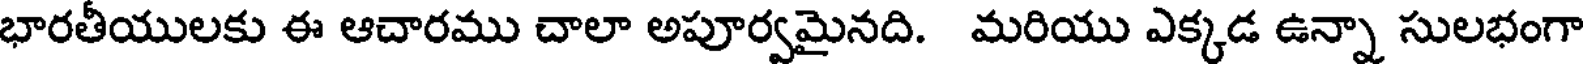
భారతీయులకు ఈ ఆచారము చాలా అపూర్వమైనది. మరియు ఎక్కడ ఉన్నా సులభంగా